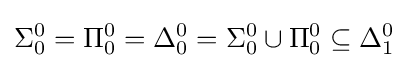
\Sigma _{0}^{0}=\Pi _{0}^{0}=\Delta _{0}^{0}=\Sigma _{0}^{0}\cup \Pi _{0}^{0}\subseteq \Delta _{1}^{0}